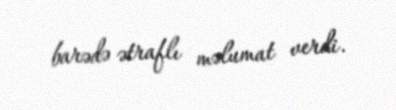
barədə ətraflı məlumat verdi.